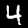
Label: 4